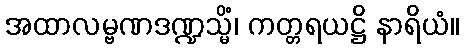
အထာလမ္ဗဏဒဏ္ဍသ္မိံ၊ ကတ္တရယဋ္ဌိ နာရိယံ။